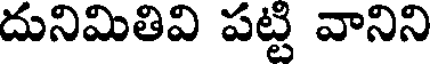
దునిమితివి పట్టి వానిని